Indian journal of veterinary science and animal husbandry - Volume 6,
Year: 1936
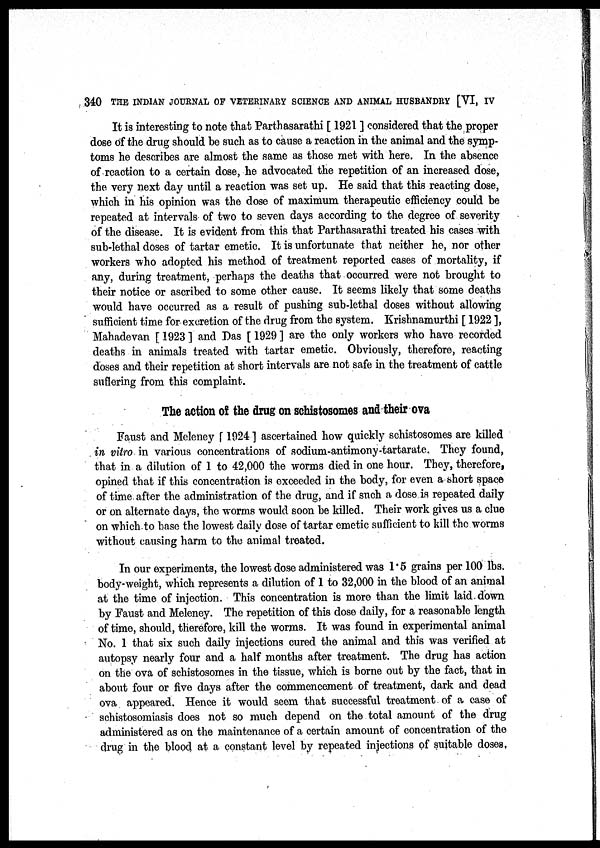
340 THE INDIAN JOURNAL OF VETERINARY SCIENCE AND ANIMAL HUSBANDRY [VI, IV
It is interesting to note that Parthasarathi [ 1921 ] considered that the proper
dose of the drug should be such as to cause a reaction in the animal and the symp-
toms he describes are almost the same as those met with here. In the absence
of reaction to a certain dose, he advocated the repetition of an increased dose,
the very next day until a reaction was set up. He said that this reacting dose,
which in his opinion was the dose of maximum therapeutic efficiency could be
repeated at intervals of two to seven days according to the degree of severity
of the disease. It is evident from this that Parthasarathi treated his cases with
sub-lethal doses of tartar emetic. It is unfortunate that neither he, nor other
workers who adopted his method of treatment reported cases of mortality, if
any, during treatment, perhaps the deaths that occurred were not brought to
their notice or ascribed to some other cause. It seems likely that some deaths
would have occurred as a result of pushing sub-lethal doses without allowing
sufficient time for excretion of the drug from the system. Krishnamurthi [ 1922 ],
Mahadevan [ 1923 ] and Das [ 1929 ] are the only workers who have recorded
deaths in animals treated with tartar emetic. Obviously, therefore, reacting
doses and their repetition at short intervals are not safe in the treatment of cattle
suffering from this complaint.
The action of the drug on schistosomes and their ova
Faust and Meleney [ 1924 ] ascertained how quickly schistosomes are killed
in vitro in various concentrations of sodium-antimony-tartarate. They found,
that in a dilution of 1 to 42,000 the worms died in one hour. They, therefore,
opined that if this concentration is exceeded in the body, for even a short space
of time after the administration of the drug, and if such a dose is repeated daily
or on alternate days, the worms would soon be killed. Their work gives us a clue
on which to base the lowest daily dose of tartar emetic sufficient to kill the worms
without causing harm to the animal treated.
In our experiments, the lowest dose administered was 1.5 grains per 100 lbs.
body-weight, which represents a dilution of 1 to 32,000 in the blood of an animal
at the time of injection. This concentration is more than the limit laid down
by Faust and Meleney. The repetition of this dose daily, for a reasonable length
of time, should, therefore, kill the worms. It was found in experimental animal
No. 1 that six such daily injections cured the animal and this was verified at
autopsy nearly four and a half months after treatment. The drug has action
on the ova of schistosomes in the tissue, which is borne out by the fact, that in
about four or five days after the commencement of treatment, dark and dead
ova appeared. Hence it would seem that successful treatment of a case of
schistosomiasis does not so much depend on the total amount of the drug
administered as on the maintenance of a certain amount of concentration of the
drug in the blood at a constant level by repeated injections of suitable doses,